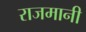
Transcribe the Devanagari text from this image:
राजमानी